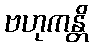
ဗဟုကန္တိ